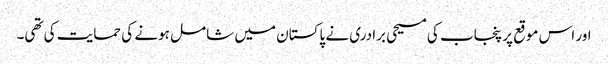
اور اس موقع پر پنجاب کی مسیحی برادری نے پاکستان میں شامل ہونے کی حمایت کی تھی۔